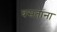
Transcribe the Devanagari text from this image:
बसतांना